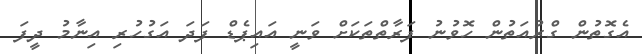
އެގޮތުން ގްރުއަތުން ހޮވުނު ފަރާތްތަކަށް ވަނީ އައިޕެޑް ފަދަ އަގުހުރި އިނާމު ދީފަ